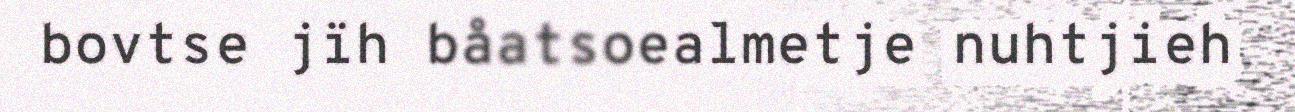
bovtse jïh båatsoealmetje nuhtjieh